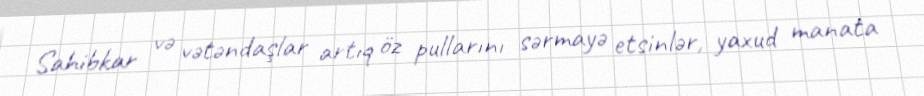
Sahibkar və vətəndaşlar artıq öz pullarını sərmayə etsinlər, yaxud manata